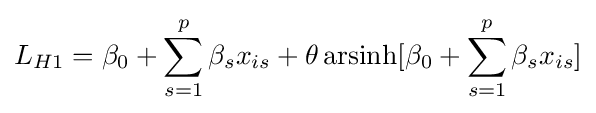
L_{H1}=\beta _{0}+\sum _{s=1}^{p}{\beta _{s}x_{is}}+\theta \operatorname {arsinh} [\beta _{0}+\sum _{s=1}^{p}{\beta _{s}x_{is}}]